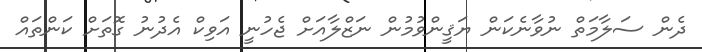
ދެން ސަލާމަތް ނުވާނެކަން ޔަޤީންވުމުން ނަޒްލާއަށް ޖެހުނީ އަވިކް އެދުނު ގޮތަށް ކަންތައް